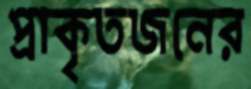
প্রাকৃতজনের